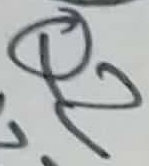
Text: Q2